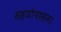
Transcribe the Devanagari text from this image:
सहजोपासना